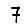
Digit: 7